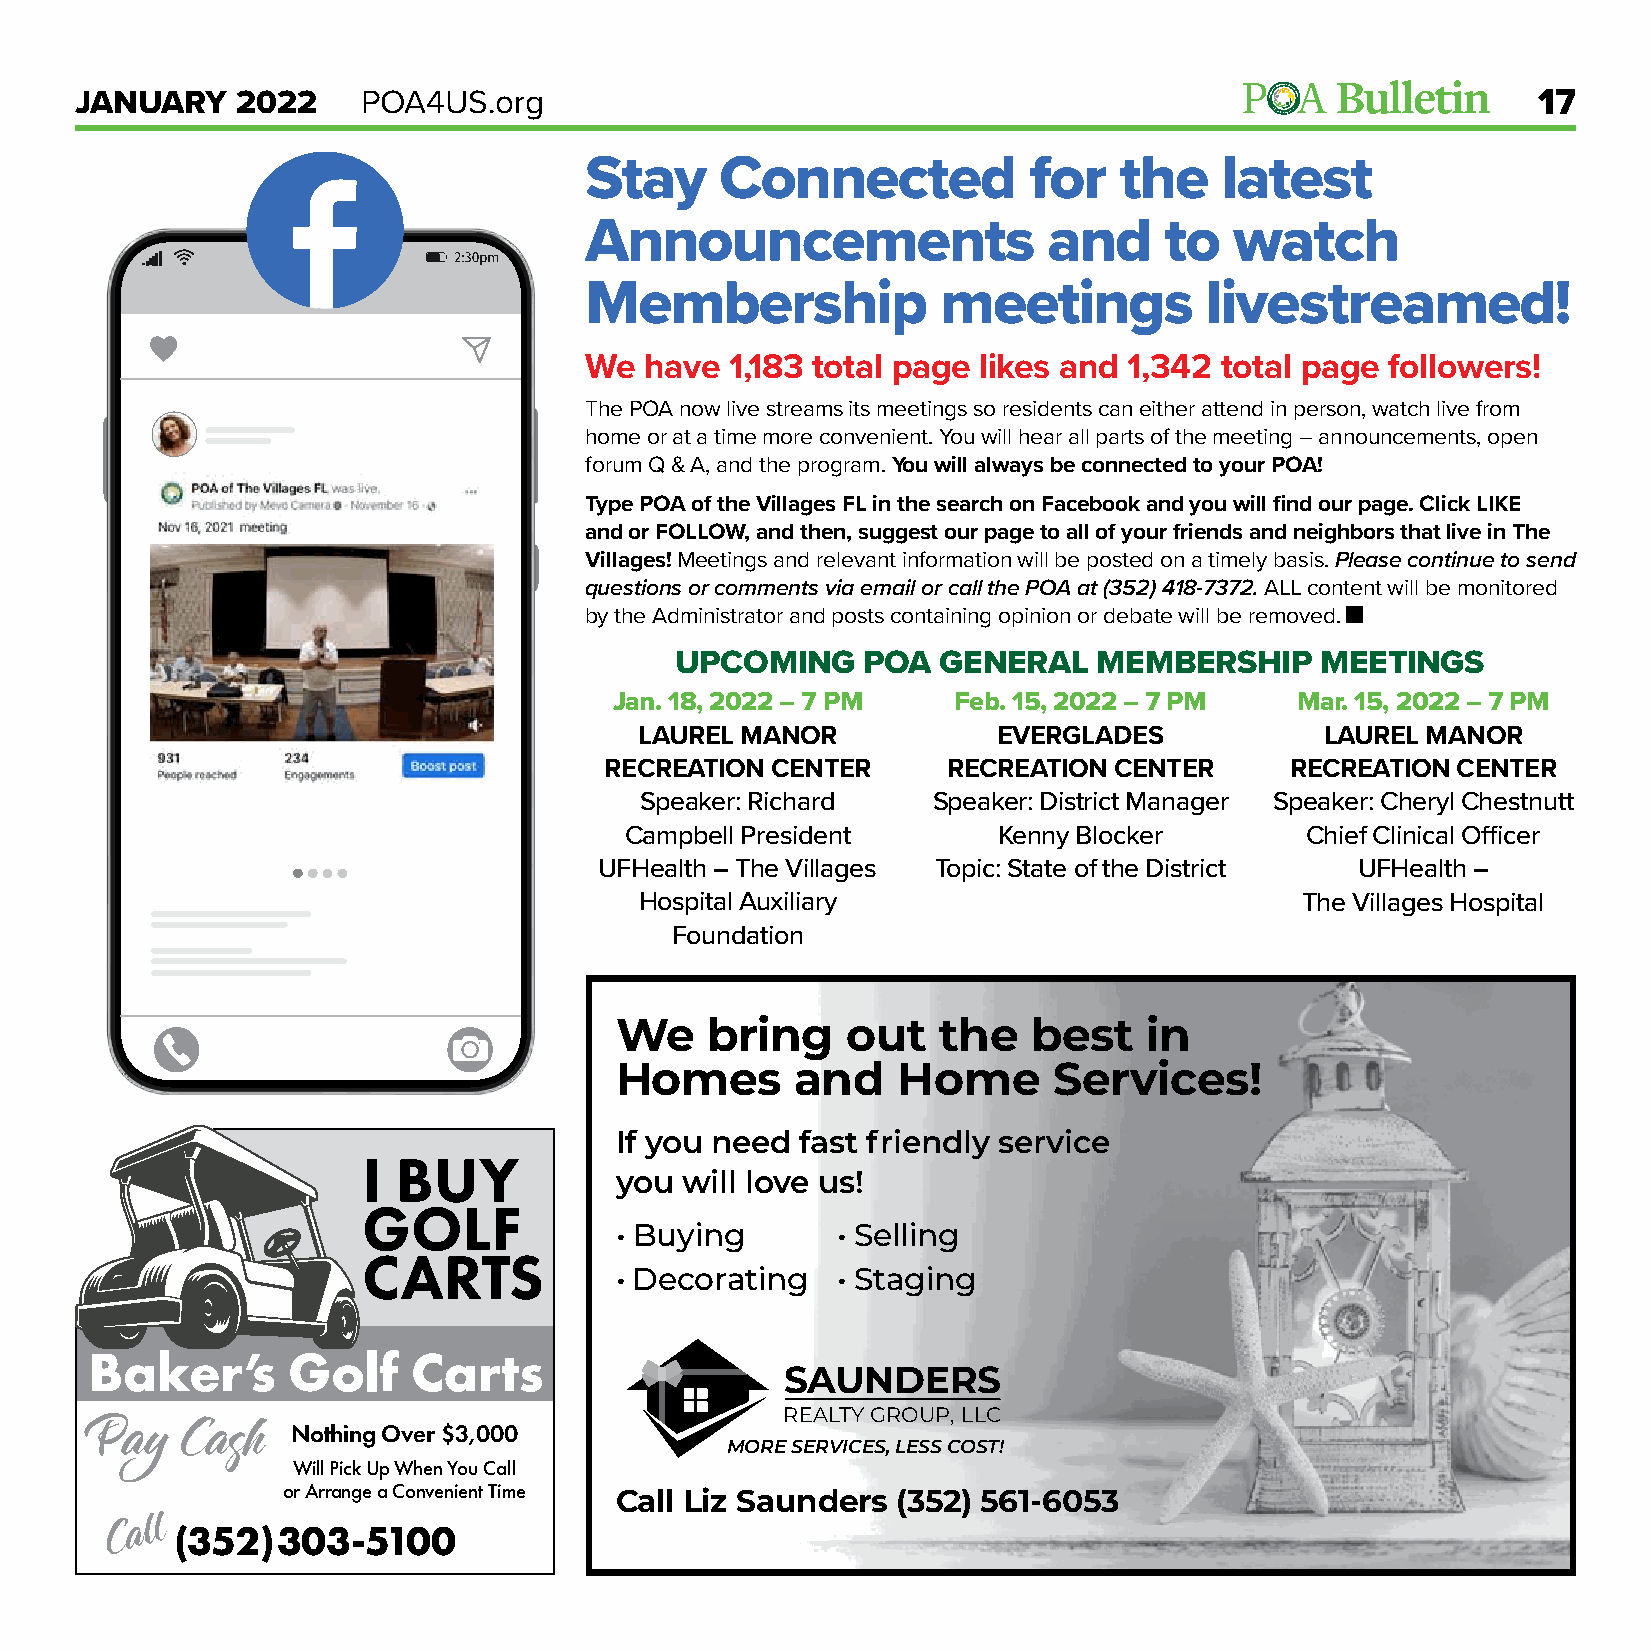
JANUARY    2022    POA4US.org                                                                    17
 Stay     Connected           for   the    latest
 Announcements                 and     to   watch
 Membership             meetings          livestreamed!
 We  have 1,183 total page likes and 1,342 total page followers!
 The POA now live streams its meetings so residents can either attend in person, watch live from
 home or at a time more convenient. You will hear all parts of the meeting – announcements, open
 forum Q & A, and the program. You will always be connected to your POA!
 Type POA of the Villages FL in the search on Facebook and you will find our page. Click LIKE
 and or FOLLOW, and then, suggest our page to all of your friends and neighbors that live in The
 Villages! Meetings and relevant information will be posted on a timely basis. Please continue to send
 questions or comments via email or call the POA at (352) 418-7372. ALL content will be monitored
 by the Administrator and posts containing opinion or debate will be removed.
 UPCOMING    POA  GENERAL    MEMBERSHIP    MEETINGS
 Jan. 18, 2022 – 7 PM  Feb. 15, 2022 – 7 PM   Mar. 15, 2022 – 7 PM
 LAUREL MANOR            EVERGLADES            LAUREL MANOR
 RECREATION CENTER      RECREATION CENTER     RECREATION CENTER
 Speaker: Richard    Speaker: District Manager Speaker: Cheryl Chestnutt
 Campbell President       Kenny Blocker       Chief Clinical Officer
 UFHealth – The Villages Topic: State of the District UFHealth –
 Hospital Auxiliary                          The Villages Hospital
 Foundation
 We    bring    out   the   best    in
 Homes       and   Home       Services!
 If you need fast friendly service
 you will love us!
 • Buying      • Selling
 • Decorating  • Staging
 Baker’s      Golf    Carts
 SAUNDERS
 REALTY GROUP, LLC
 Pay   Cash   Nothing Over $3,000
 MORE SERVICES, LESS COST!
 Will Pick Up When You Call
 or Arrange a Convenient Time
 Call Liz Saunders (352) 561-6053
 (352) 303-5100